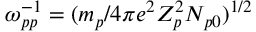
\omega _ { p p } ^ { - 1 } = ( m _ { p } / 4 \pi e ^ { 2 } Z _ { p } ^ { 2 } N _ { p 0 } ) ^ { 1 / 2 }